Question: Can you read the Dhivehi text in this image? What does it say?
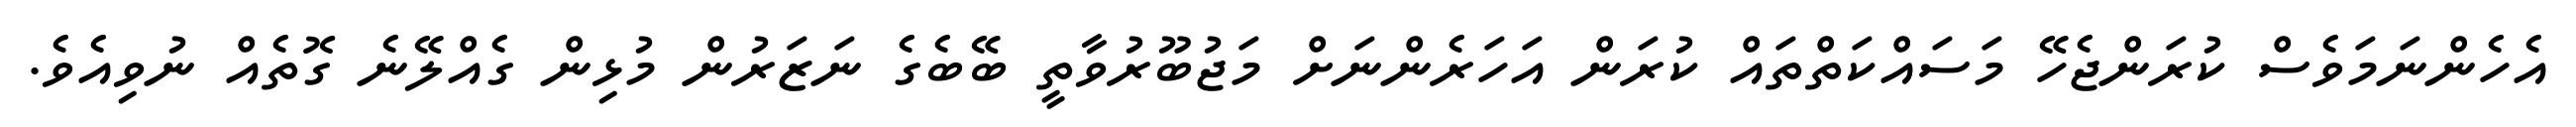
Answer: އެހެންނަމަވެސް ކުރަންޖެހޭ މަސައްކަތްތައް ކުރަން އަހަރެންނަށް މަޖުބޫރުވާތީ ބޭބެގެ ނަޒަރުން މުޅިން ގެއްލޭނެ ގޮތެއް ނުވިއެވެ.